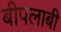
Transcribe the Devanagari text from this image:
बीपलाबी